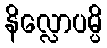
နိလ္လောပမ္ပိ